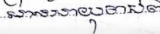
មានអាយុចាប់